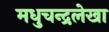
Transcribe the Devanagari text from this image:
मधुचन्द्रलेखा